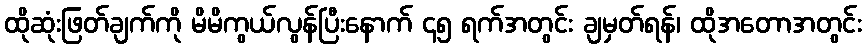
ထိုဆုံးဖြတ်ချက်ကို မိမိကွယ်လွန်ပြီးနောက် ၄၅ ရက်အတွင်း ချမှတ်ရန်၊ ထိုအတောအတွင်း